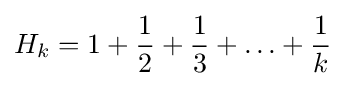
H_{k}=1+{\frac {1}{2}}+{\frac {1}{3}}+\ldots +{\frac {1}{k}}